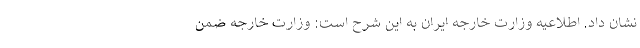
نشان داد. اطلاعیه وزارت خارجه ایران به این شرح است: وزارت خارجه ضمن